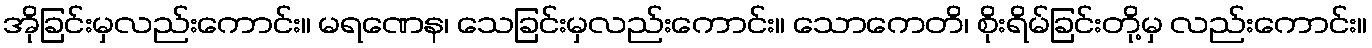
အိုခြင်းမှလည်းကောင်း။ မရဏေန၊ သေခြင်းမှလည်းကောင်း။ သောကေတိ၊ စိုးရိမ်ခြင်းတို့မှ လည်းကောင်း။